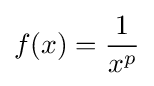
f(x)={\frac {1}{x^{p}}}